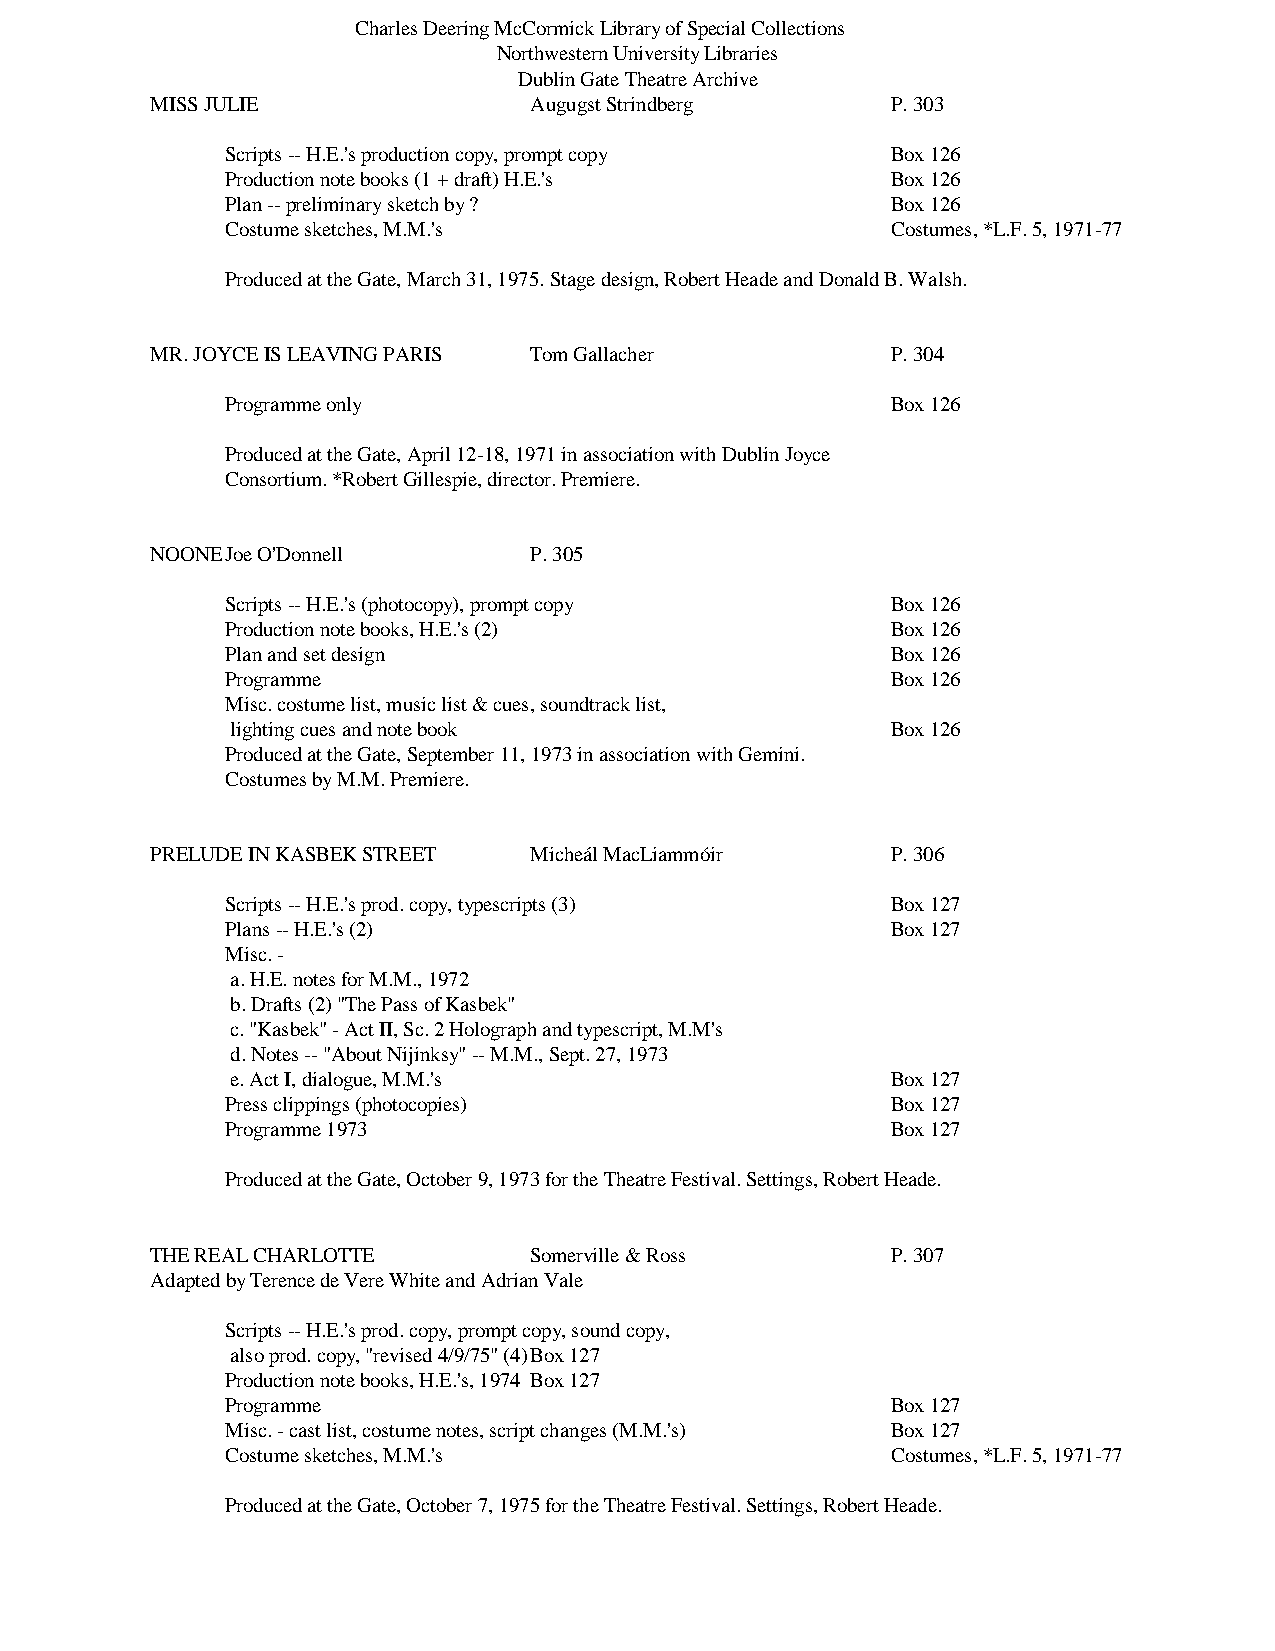
Charles Deering McCormick Library of Special Collections
 Northwestern University Libraries
 Dublin Gate Theatre Archive
 MISS JULIE               Augugst Strindberg      P. 303
 Scripts -- H.E.'s production copy, prompt copy Box 126
 Production note books (1 + draft) H.E.'s    Box 126
 Plan -- preliminary sketch by ?             Box 126
 Costume sketches, M.M.'s                    Costumes, *L.F. 5, 1971-77
 Produced at the Gate, March 31, 1975. Stage design, Robert Heade and Donald B. Walsh.
 MR. JOYCE IS LEAVING PARIS Tom Gallacher         P. 304
 Programme only                              Box 126
 Produced at the Gate, April 12-18, 1971 in association with Dublin Joyce
 Consortium. *Robert Gillespie, director. Premiere.
 NOONE Joe O'Donnell      P. 305
 Scripts -- H.E.'s (photocopy), prompt copy  Box 126
 Production note books, H.E.'s (2)           Box 126
 Plan and set design                         Box 126
 Programme                                   Box 126
 Misc. costume list, music list & cues, soundtrack list,
 lighting cues and note book                 Box 126
 Produced at the Gate, September 11, 1973 in association with Gemini.
 Costumes by M.M. Premiere.
 PRELUDE IN KASBEK STREET Micheál MacLiammóir     P. 306
 Scripts -- H.E.'s prod. copy, typescripts (3) Box 127
 Plans -- H.E.'s (2)                         Box 127
 Misc. -
 a. H.E. notes for M.M., 1972
 b. Drafts (2) "The Pass of Kasbek"
 c. "Kasbek" - Act II, Sc. 2 Holograph and typescript, M.M's
 d. Notes -- "About Nijinksy" -- M.M., Sept. 27, 1973
 e. Act I, dialogue, M.M.'s                  Box 127
 Press clippings (photocopies)               Box 127
 Programme 1973                              Box 127
 Produced at the Gate, October 9, 1973 for the Theatre Festival. Settings, Robert Heade.
 THE REAL CHARLOTTE       Somerville & Ross       P. 307
 Adapted by Terence de Vere White and Adrian Vale
 Scripts -- H.E.'s prod. copy, prompt copy, sound copy,
 also prod. copy, "revised 4/9/75" (4) Box 127
 Production note books, H.E.'s, 1974 Box 127
 Programme                                   Box 127
 Misc. - cast list, costume notes, script changes (M.M.'s) Box 127
 Costume sketches, M.M.'s                    Costumes, *L.F. 5, 1971-77
 Produced at the Gate, October 7, 1975 for the Theatre Festival. Settings, Robert Heade.